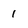
Character: 1